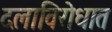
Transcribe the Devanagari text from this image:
दलाविरोधात